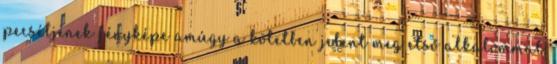
pecsétjének fényképe amúgy a kötetben jelent meg első alkalommal.